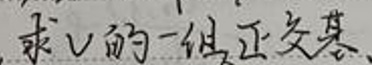
,求 \( V \) 的一组正交基.